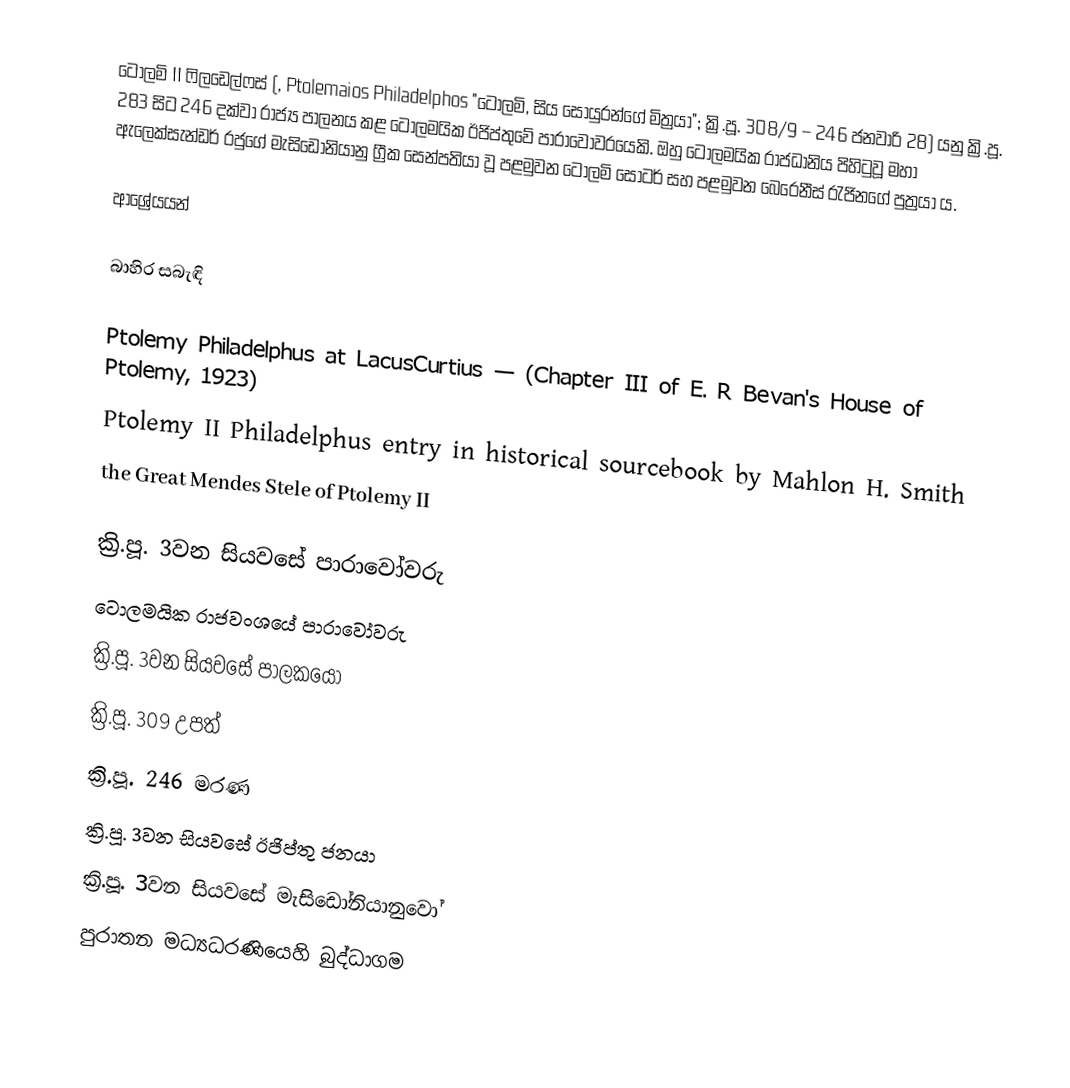
ටොලමි II ෆිලඩෙල්ෆස් (, Ptolemaios Philadelphos "ටොලමි, සිය සොයුරන්ගේ මිත්‍රයා"; ක්‍රි.පූ. 308/9 – 246 ජනවාරි 28) යනු ක්‍රි.පූ. 283 සිට 246 දක්වා රාජ්‍ය පාලනය කළ ටොලමයික ඊජිප්තුවේ පාරාවෝවරයෙකි. ඔහු ටොලමයික රාජධානිය පිහිටුවූ මහා ඇලෙක්සැන්ඩර් රජුගේ මැසිඩෝනියානු ග්‍රීක සෙන්පතියා වූ පළමුවන ටොලමි සෝටර් සහ පළමුවන බෙරෙනීස් රැජිනගේ පුත්‍රයා ය.

ආශ්‍රේයයන්

බාහිර සබැඳි

Ptolemy Philadelphus at LacusCurtius — (Chapter III of E. R Bevan's House of Ptolemy, 1923)
Ptolemy II Philadelphus entry in historical sourcebook by Mahlon H. Smith
the Great Mendes Stele of Ptolemy II

ක්‍රි.පූ. 3වන සියවසේ පාරාවෝවරු
ටොලමයික රාජවංශයේ පාරාවෝවරු
ක්‍රි.පූ. 3වන සියවසේ පාලකයෝ
ක්‍රි.පූ. 309 උපත්
ක්‍රි.පූ. 246 මරණ
ක්‍රි.පූ. 3වන සියවසේ ඊජිප්තු ජනයා
ක්‍රි.පූ. 3වන සියවසේ මැසිඩෝනියානුවෝ
පුරාතන මධ්‍යධරණියෙහි බුද්ධාගම